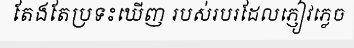
តែងតែប្រទះឃើញ របស់របរដែលភ្ញៀវភ្លេច